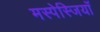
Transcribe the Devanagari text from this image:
मस्पेस्जियाँ